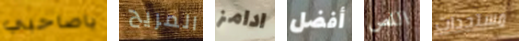
ياصاحبي المريح ادامز أفضل اللص مستجدات